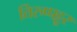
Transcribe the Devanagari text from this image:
तिरुप्पट्टूर